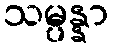
သမ္ပန္နာ